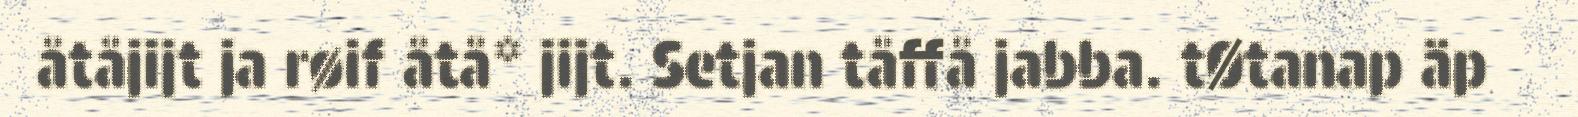
åtåjijt ja røif åtå* jijt. Setjan tåffå jabba. tØtanap äp